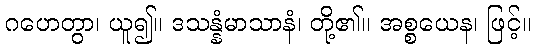
ဂဟေတွာ၊ ယူ၍။ ဒသန္နံမာသာနံ၊ တို့၏။ အစ္စယေန၊ ဖြင့်။